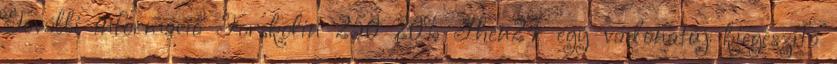
További információ Forskolin 250 20% Phen24 egy vadonatúj kiegészítő